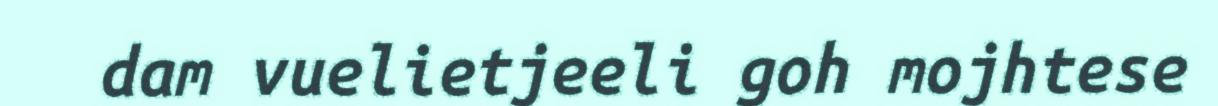
dam vuelietjeeli goh mojhtese